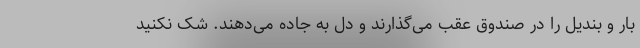
بار و بندیل را در صندوق عقب می‌گذارند و دل به جاده می‌دهند. شک نکنید